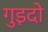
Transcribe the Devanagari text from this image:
गुइदो